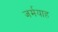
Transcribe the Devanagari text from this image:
जर्मयाह